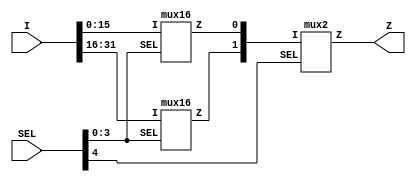
// Copyright 2021 EnICS Labs, Bar-Ilan University.
// Licensed under the Apache License, Version 2.0, see LICENSE for details.
// SPDX-License-Identifier: Apache-2.0

module mux32 (I, SEL, Z);

	//ports
	input [31:0] I;
	input [4:0] SEL;
	output Z;

	//wires
	wire [31:0] I;
	wire [4:0] SEL;
	wire Z;
	wire int1;
	wire int2;

	//instances
	mux16 i_muxA(.I({I[15:0]}), .SEL({SEL[3:0]}), .Z(int1));
	mux16 i_muxB(.I({I[31:16]}), .SEL({SEL[3:0]}), .Z(int2));
	mux2 i_muxZ(.I({int2, int1}), .SEL({SEL[4]}), .Z(Z));

endmodule


module mux2 (I, SEL, Z);

	//ports
	input [1:0] I;
	input [0:0] SEL;
	output Z;

	//wires
	wire [1:0] I;
	wire [0:0] SEL;
	wire Z;

endmodule


module mux8 (I, SEL, Z);

	//ports
	input [7:0] I;
	input [2:0] SEL;
	output Z;

	//wires
	wire [7:0] I;
	wire [2:0] SEL;
	wire Z;
	wire int1;
	wire int2;

	//instances
	mux4 i_muxA(.I({I[3:0]}), .SEL({SEL[1:0]}), .Z(int1));
	mux4 i_muxB(.I({I[7:4]}), .SEL({SEL[1:0]}), .Z(int2));
	mux2 i_muxZ(.I({int2, int1}), .SEL({SEL[2]}), .Z(Z));

endmodule


module mux4 (I, SEL, Z);

	//ports
	input [3:0] I;
	input [1:0] SEL;
	output Z;

	//wires
	wire [3:0] I;
	wire [1:0] SEL;
	wire Z;
	wire int1;
	wire int2;

	//instances
	mux2 i_muxA(.I({I[1:0]}), .SEL({SEL[0]}), .Z(int1));
	mux2 i_muxB(.I({I[3:2]}), .SEL({SEL[0]}), .Z(int2));
	mux2 i_muxZ(.I({int2, int1}), .SEL({SEL[1]}), .Z(Z));

endmodule


module mux16 (I, SEL, Z);

	//ports
	input [15:0] I;
	input [3:0] SEL;
	output Z;

	//wires
	wire [15:0] I;
	wire [3:0] SEL;
	wire Z;
	wire int1;
	wire int2;

	//instances
	mux8 i_muxA(.I({I[7:0]}), .SEL({SEL[2:0]}), .Z(int1));
	mux8 i_muxB(.I({I[15:8]}), .SEL({SEL[2:0]}), .Z(int2));
	mux2 i_muxZ(.I({int2, int1}), .SEL({SEL[3]}), .Z(Z));

endmodule